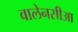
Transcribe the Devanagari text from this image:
वालेनसीआ